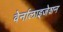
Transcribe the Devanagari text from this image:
वेर्नालाइजेशन